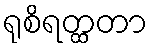
ရုစိရတ္ထတာ